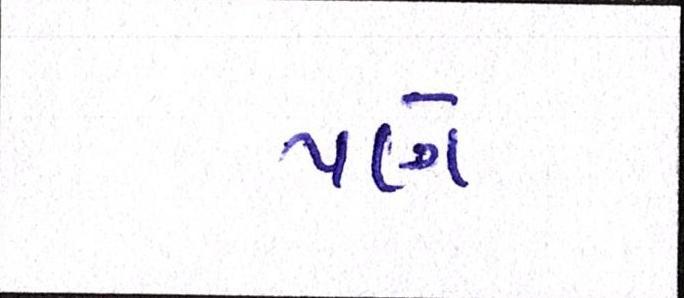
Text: પણે